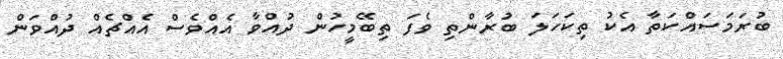
ބުރަމަސައްކަތާ އެކު ތިކަހަލަ ބުރާންތި ވެފަ ތިބޭމީހުން ދުއްވާ އެއްވެސް އެއްޗެއް ދުއްވަން